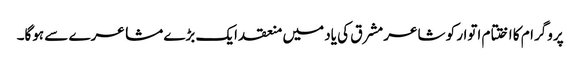
پروگرام کا اختتام اتوار کو شاعر مشرق کی یاد میں منعقد ایک بڑے مشاعرے سے ہوگا۔